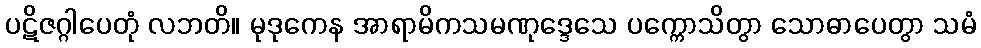
ပဋိဇဂ္ဂါပေတုံ လဘတိ။ မုဒုကေန အာရာမိကသမဏုဒ္ဒေသေ ပက္ကောသိတွာ သောဓာပေတွာ သမံ